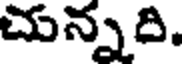
చున్నది.